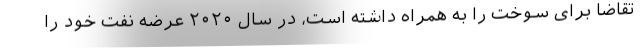
تقاضا برای سوخت را به همراه داشته است، در سال ۲۰۲۰ عرضه نفت خود را